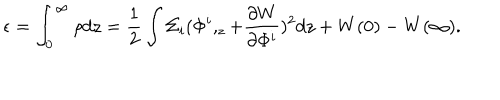
LaTeX: \epsilon = \int _ { 0 } ^ { \infty } \rho d z = \frac 1 2 \int \Sigma _ { i } ( \Phi ^ { i } , _ { z } + \frac { \partial W } { \partial \Phi ^ { i } } ) ^ { 2 } d z + W ( 0 ) - W ( \infty ) .